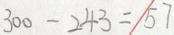
3 0 0 - 2 4 3 = 5 7